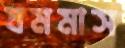
যমমাস